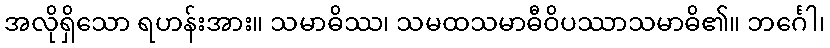
အလိုရှိသော ရဟန်းအား။ သမာဓိဿ၊ သမထသမာဓီဝိပဿာသမာဓိ၏။ ဘင်္ဂေါ၊